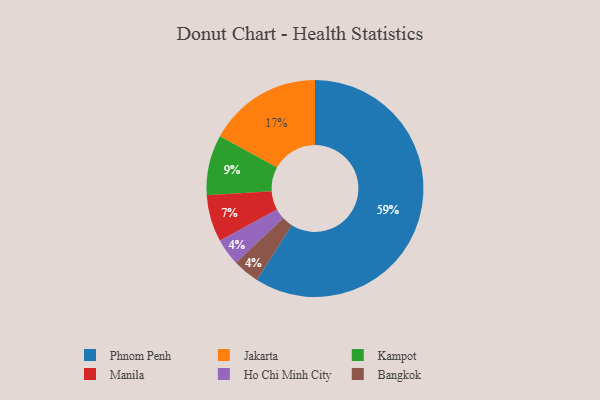
{"axis": {"x": "Category", "y": "Percentage"}, "legend": ["Bangkok", "Ho Chi Minh City", "Jakarta", "Kampot", "Manila", "Phnom Penh"], "data": [{"x": "Ho Chi Minh City", "y": 4, "type": "Ho Chi Minh City"}, {"x": "Manila", "y": 7, "type": "Manila"}, {"x": "Phnom Penh", "y": 59, "type": "Phnom Penh"}, {"x": "Jakarta", "y": 17, "type": "Jakarta"}, {"x": "Kampot", "y": 9, "type": "Kampot"}, {"x": "Bangkok", "y": 4, "type": "Bangkok"}]}